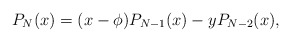
\begin{align*}P_N(x) = (x-\phi) P_{N-1}(x) - y P_{N-2}(x), \end{align*}